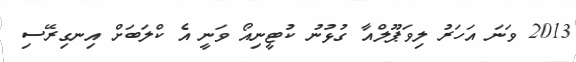
2013 ވަނަ އަހަރު ލިވަޕޫލްއާ ގުޅުނު ކުޓީނިއޯ ވަނީ އެ ކްލަބަށް އިނގިރޭސި